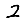
Digit: 2